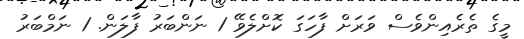
މީގެ ތެެރެއިންވެސް ވަރަށް ފާހަގަ ކޮށްލެވޭ 1 ނަންބަރު ފާލަން. 1 ނަމްބަރު